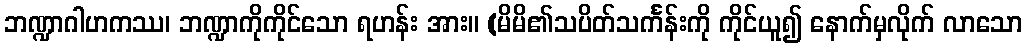
ဘဏ္ဍာဂါဟကဿ၊ ဘဏ္ဍာကိုကိုင်သော ရဟန်း အား။ (မိမိ၏သပိတ်သင်္ကန်းကို ကိုင်ယူ၍ နောက်မှလိုက် လာသော